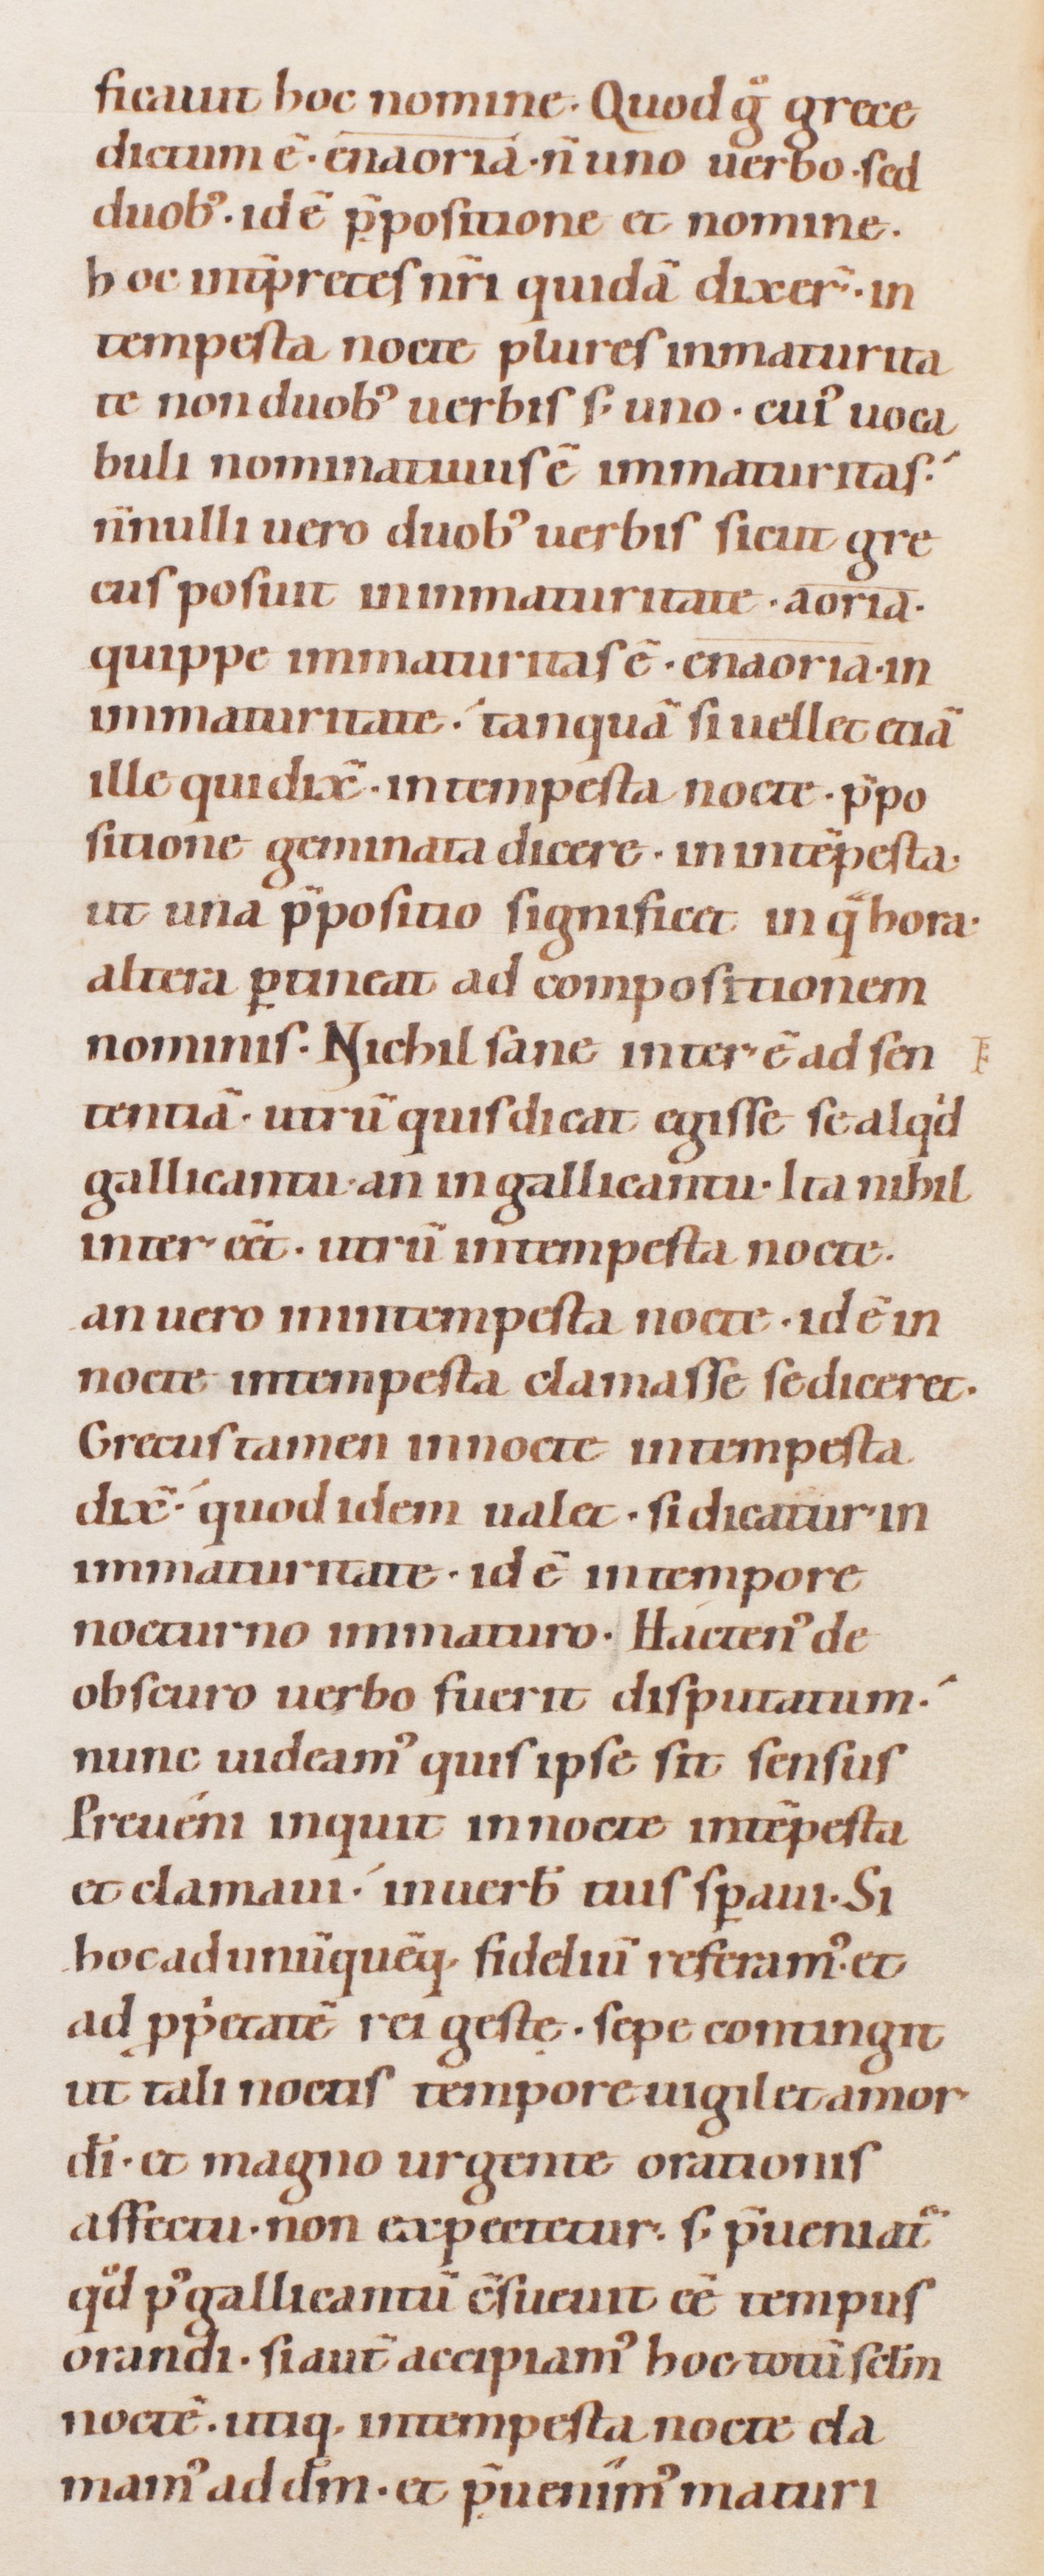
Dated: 1080–1096